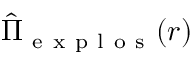
\hat { \Pi } _ { \mathrm { ~ e ~ x ~ p ~ l ~ o ~ s ~ } } ( r )